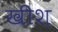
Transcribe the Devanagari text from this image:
खीश